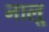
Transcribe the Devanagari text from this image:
नालू